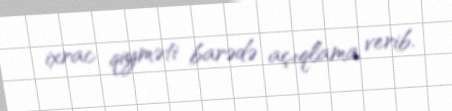
ixrac qiyməti barədə açıqlama verib.